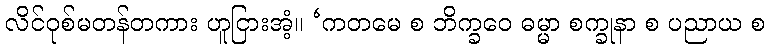
လိင်ဝုစ်မတန်တကား ဟူငြားအံ့။ ‘ကတမေ စ ဘိက္ခဝေ ဓမ္မာ စက္ခုနာ စ ပညာယ စ